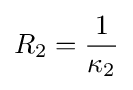
R_{2}={\frac {1}{\kappa _{2}}}